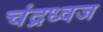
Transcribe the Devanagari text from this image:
चंद्रध्वज